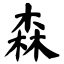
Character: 森